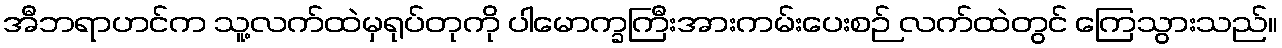
အီဘရာဟင်က သူ့လက်ထဲမှရုပ်တုကို ပါမောက္ခကြီးအားကမ်းပေးစဉ် လက်ထဲတွင် ကြေသွားသည်။